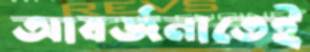
আবর্জনাতেই